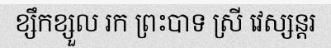
ខ្សឹកខ្សួល រក ព្រះបាទ ស្រី វេស្សន្តរ